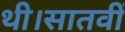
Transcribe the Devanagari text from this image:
थी।सातवीं